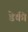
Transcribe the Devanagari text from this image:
डेकी